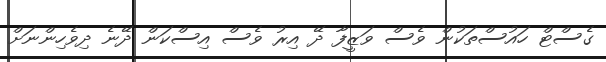
ގެސްޓް ހައުސްތަކުން ވެސް ވަޒީފާ ދޭ އިރު ވެސް އިސްކަން ދޭނެ ދިވެހިންނަށް